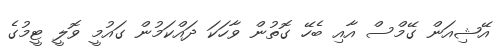
އޭޝިއަން ގޭމްސް އާއި ބެހޭ ގޮތުން ވާހަކަ ދައްކަމުން ގައުމީ ވޮލީ ޓީމުގެ